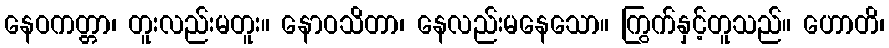
နေဝကတ္တာ၊ တူးလည်းမတူး။ နောဝသိတာ၊ နေလည်းမနေသော။ ကြွက်နှင့်တူသည်။ ဟောတိ၊